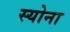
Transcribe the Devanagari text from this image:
स्योना